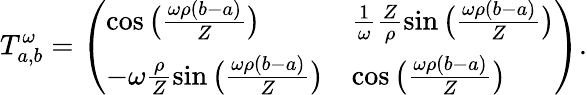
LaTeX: T_{a,b}^{\omega}=\left(\begin{array}{ll}{\cos\big(\frac{\omega\rho(b-a)}{Z}\big)}&{\frac{1}{\omega}\frac{Z}{\rho}\sin\big(\frac{\omega\rho(b-a)}{Z}\big)}\\ {-\omega\frac{\rho}{Z}\sin\big(\frac{\omega\rho(b-a)}{Z}\big)}&{\cos\big(\frac{\omega\rho(b-a)}{Z}\big)}\end{array}\right).